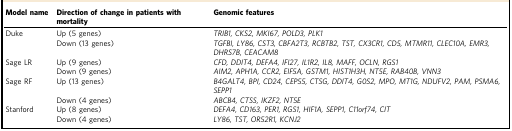
<table><thead><tr><td><b>Model name</b></td><td><b>Direction of change in patients with mortality</b></td><td><b>Genomic features</b></td></tr></thead><tbody><tr><td rowspan="2">Duke</td><td>Up (5 genes)</td><td><i>TRIB1, CKS2, MKI67, POLD3, PLK1</i></td></tr><tr><td>Down (13 genes)</td><td><i>TGFBI, LY86, CST3, CBFA2T3, RCBTB2, TST, CX3CR1, CD5, MTMR11, CLEC10A, EMR3, DHRS7B, CEACAM8</i></td></tr><tr><td rowspan="2">Sage LR</td><td>Up (9 genes)</td><td><i>CFD, DDIT4, DEFA4, IFI27, IL1R2, IL8, MAFF, OCLN, RGS1</i></td></tr><tr><td>Down (9 genes)</td><td><i>AIM2, APH1A, CCR2, EIF5A, GSTM1, HIST1H3H, NT5E, RAB40B, VNN3</i></td></tr><tr><td rowspan="2">Sage RF</td><td>Up (13 genes)</td><td><i>B4GALT4, BPI, CD24, CEP55, CTSG, DDIT4, G0S2, MPO, MT1G, NDUFV2, PAM, PSMA6, SEPP1</i></td></tr><tr><td>Down (4 genes)</td><td><i>ABCB4, CTSS, IKZF2, NT5E</i></td></tr><tr><td rowspan="2">Stanford</td><td>Up (8 genes)</td><td><i>DEFA4, CD163, PER1, RGS1, HIF1A, SEPP1, C11orf74, CIT</i></td></tr><tr><td>Down (4 genes)</td><td><i>LY86, TST, OR52R1, KCNJ2</i></td></tr></tbody></table>